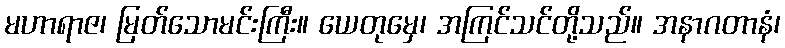
မဟာရာဇ၊ မြတ်သောမင်းကြီး။ ယေတုမှေ၊ အကြင်သင်တို့သည်။ အနာဂတာနံ၊